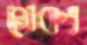
মেকং